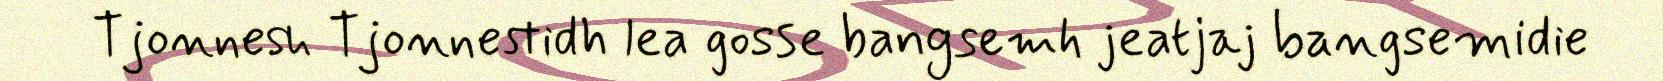
Tjonnesh Tjonnestidh lea gosse bangsemh jeatjaj bangsemidie